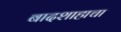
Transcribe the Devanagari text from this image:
बादशाहाचा